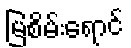
မြစိမ်းရောင်